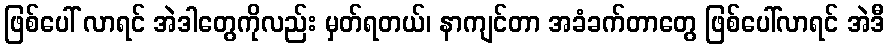
ဖြစ်ပေါ် လာရင် အဲဒါတွေကိုလည်း မှတ်ရတယ်၊ နာကျင်တာ အခံခက်တာတွေ ဖြစ်ပေါ်လာရင် အဲဒီ